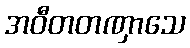
အဝီတတဏှာသေ